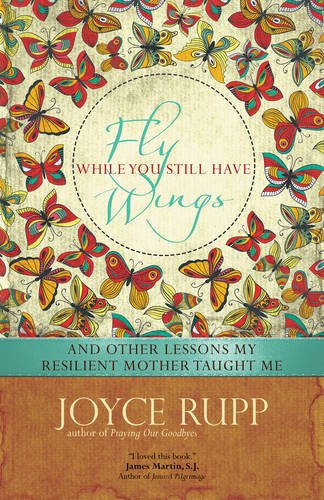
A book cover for Fly While You Still Have Wings: And Other Lessons My Resilient Mother Taught Me; Joyce Rupp; Christian Books & Bibles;